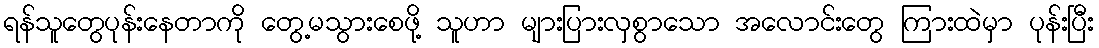
ရန်သူတွေပုန်းနေတာကို တွေ့မသွားစေဖို့ သူဟာ များပြားလှစွာသော အလောင်းတွေ ကြားထဲမှာ ပုန်းပြီး